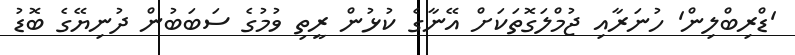
'ޑްރިބްލިން' ހުނަރާއި ޖުމްލަގޮތަކަށް އޭނާގެ ކުޅުން ރީތި ވުމުގެ ސަބަބުން ދުނިޔޭގެ ބޮޑު